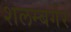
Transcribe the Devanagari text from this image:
शलम्बर्गर